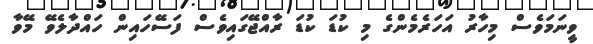
ވީނަމަވެސް މިހާރު އަހަރެމެންގެ މި ކުޑަ ކުޑަ ރާއްޖޭގައިވެސް ފަސޭހައިން ހައްދާލެވޭ މޭވާ